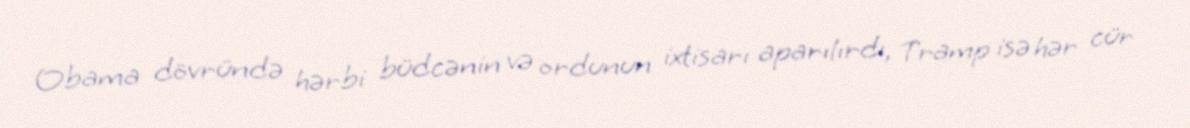
Obama dövründə hərbi büdcənin və ordunun ixtisarı aparılırdı, Tramp isə hər cür